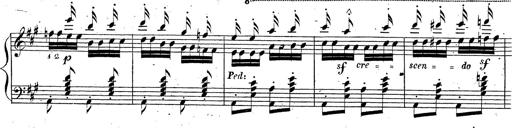
Title: Grande fantaisie sur la tyrolienne de l'opÃ©ra
Composer: Franz Liszt
Key: A major